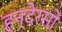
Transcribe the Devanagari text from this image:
हन्देरसों